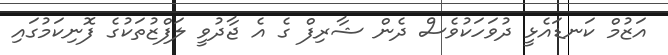
އަޒުމް ކަނޑައެޅީ ދުވަހަކުވެސް ދެން ޝާރިފް ގެ އެ ޖާދުވީ ލަފްޒުތަކުގެ ފޮނިކަމުގައި